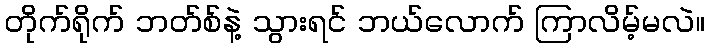
တိုက်ရိုက် ဘတ်စ်နဲ့ သွားရင် ဘယ်လောက် ကြာလိမ့်မလဲ။